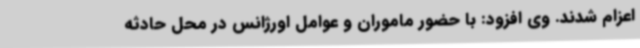
اعزام شدند. وی افزود: با حضور ماموران و عوامل اورژانس در محل حادثه